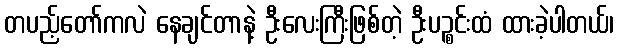
တပည့်တော်ကလဲ နေချင်တာနဲ့ ဦးလေးကြီးဖြစ်တဲ့ ဦးပဉ္စင်းထံ ထားခဲ့ပါတယ်၊